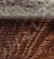
جاهزان